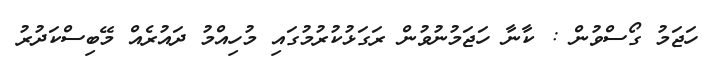
ހަޖަމު ގޯސްވުން : ކާނާ ހަޖަމުނުވުން ރަގަޅުކުރުމުގައި މުހިއްމު ދައުރެއް މޭބިސްކަދުރު